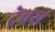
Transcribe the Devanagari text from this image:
ट्रेवस